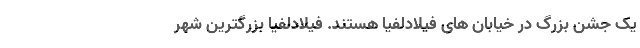
یک جشن بزرگ در خیابان های فیلادلفیا هستند. فیلادلفیا بزرگترین شهر